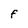
Character: F